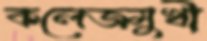
কলেজমুখী